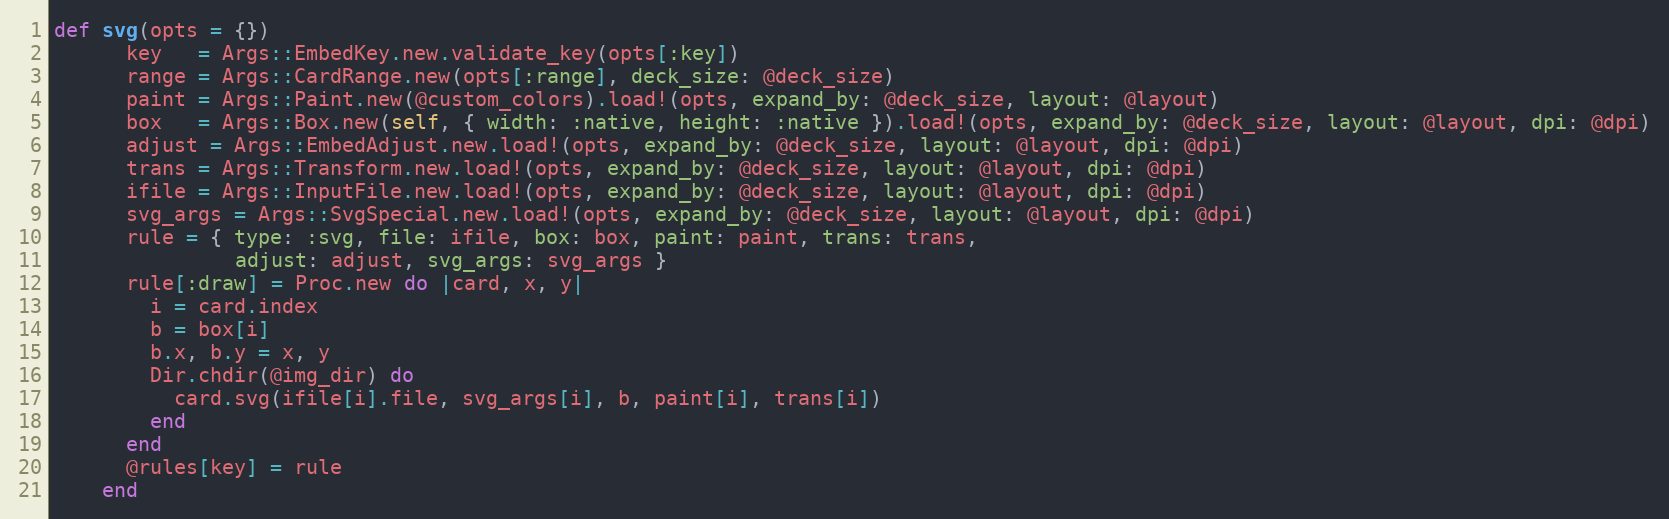
Language: Ruby
def svg(opts = {})
      key   = Args::EmbedKey.new.validate_key(opts[:key])
      range = Args::CardRange.new(opts[:range], deck_size: @deck_size)
      paint = Args::Paint.new(@custom_colors).load!(opts, expand_by: @deck_size, layout: @layout)
      box   = Args::Box.new(self, { width: :native, height: :native }).load!(opts, expand_by: @deck_size, layout: @layout, dpi: @dpi)
      adjust = Args::EmbedAdjust.new.load!(opts, expand_by: @deck_size, layout: @layout, dpi: @dpi)
      trans = Args::Transform.new.load!(opts, expand_by: @deck_size, layout: @layout, dpi: @dpi)
      ifile = Args::InputFile.new.load!(opts, expand_by: @deck_size, layout: @layout, dpi: @dpi)
      svg_args = Args::SvgSpecial.new.load!(opts, expand_by: @deck_size, layout: @layout, dpi: @dpi)
      rule = { type: :svg, file: ifile, box: box, paint: paint, trans: trans,
               adjust: adjust, svg_args: svg_args }
      rule[:draw] = Proc.new do |card, x, y|
        i = card.index
        b = box[i]
        b.x, b.y = x, y
        Dir.chdir(@img_dir) do
          card.svg(ifile[i].file, svg_args[i], b, paint[i], trans[i])
        end
      end
      @rules[key] = rule
    end